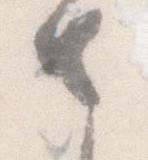
さ